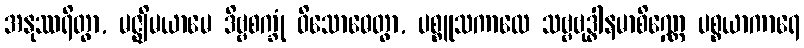
အနုဿရိတွာ, မဇ္ဈိမယာမေ ဒိဗ္ဗစက္ခုံ ဝိသောဓေတွာ, ပစ္စူသကာလေ သဗ္ဗဗုဒ္ဓါနမာစိဏ္ဏေ ပစ္စယာကာရေ